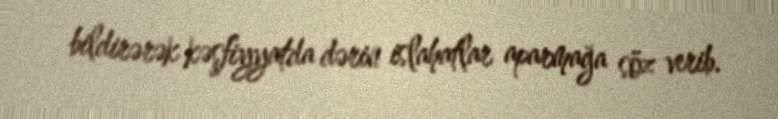
bildirərək kəşfiyyatda dərin islahatlar aparmağa söz verib.